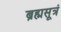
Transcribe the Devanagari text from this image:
ब्रह्मसूत्रं